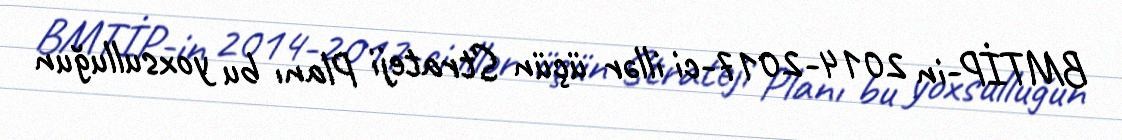
BMTİP-in 2014-2017-ci illər üçün Strateji Planı bu yoxsulluğun